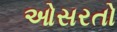
ઓસરતો